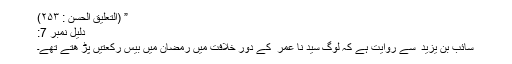
” (التعلیق الحسن : ۲۵۳)
دلیل نمبر 7:
سائب بن یزید ؓ سے روایت ہے کہ لوگ سید نا عمر ؓ کے دورِ خلافت میں رمضان میں بیس رکعتیں پڑ ھتے تھے۔